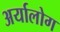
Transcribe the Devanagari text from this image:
अर्यालोग